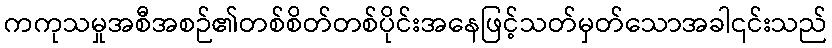
ကကုသမှုအစီအစဉ်၏တစ်စိတ်တစ်ပိုင်းအနေဖြင့်သတ်မှတ်သောအခါ၎င်းသည်